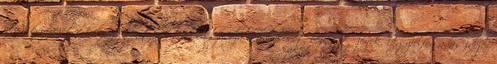
anyakönyvvezető érvénytelenítés után visszaadja a haláleset bejelentőjének. Ügyfélfogadás ideje: